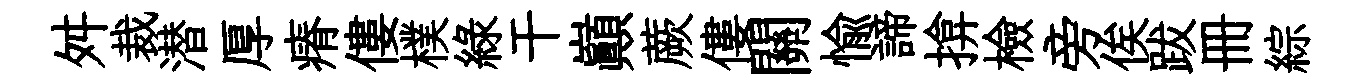
舛裁潜厚瘠僂樸綠干巔蕨僂關愉諦揜檢旁俟跋册綜